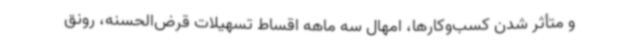
و متأثر شدن کسب‌وکارها، امهال سه ماهه اقساط تسهیلات قرض‌الحسنه، رونق